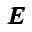
{ \pmb E }